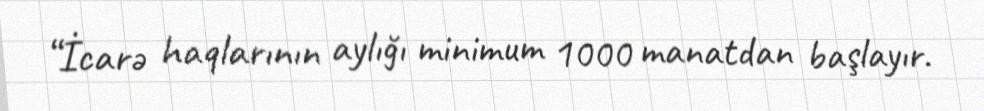
“İcarə haqlarının aylığı minimum 1000 manatdan başlayır.